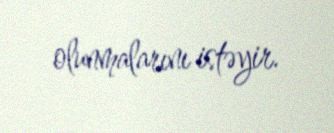
olunmalarını istəyir.